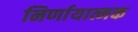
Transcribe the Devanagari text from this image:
निर्णायात्मक